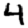
Digit: 4